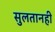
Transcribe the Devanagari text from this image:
सुलतानही